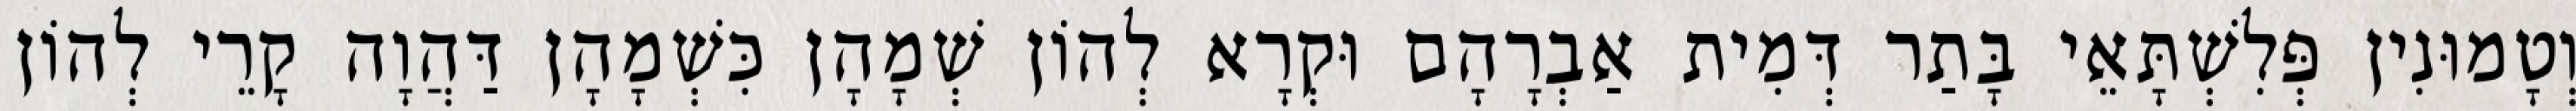
וְטָמוּנִין פְּלִשְׁתָּאֵי בָּתַר דְּמִית אַבְרָהָם וּקְרָא לְהוֹן שְׁמָהָן כִּשְׁמָהָן דַּהֲוָה קָרֵי לְהוֹן